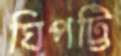
ঘিপট্টি